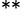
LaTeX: ^{**}